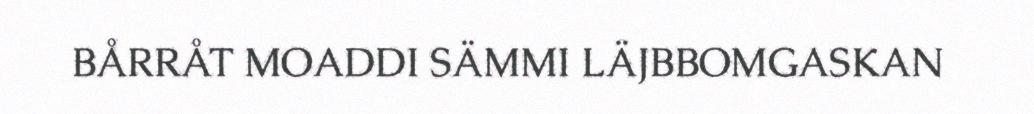
BÅRRÅT MOADDI SÄMMI LÄJBBOMGASKAN